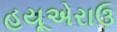
હયૂએરાઉ